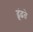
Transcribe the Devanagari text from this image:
ढ़ूंढ़ते